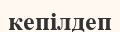
кепілдеп